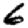
Digit: 6